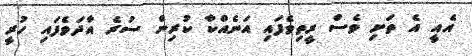
އެއީ އެ ތަށި ވެސް ރީތިވެފައި އަނެއްކާ ކުރިން ސުރެ އާދަވެފައި ހުރީ